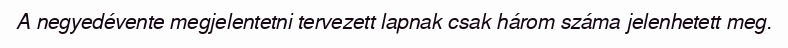
A negyedévente megjelentetni tervezett lapnak csak három száma jelenhetett meg.